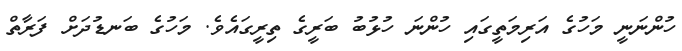
ހުންނަނީ މަހުގެ އަރިމަތީގައި ހުންނަ ހުޅުބު ބަރީގެ ތިރީގައެވެ. މަހުގެ ބަނޑުދަށް ފަރާތް